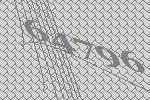
64796